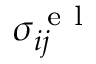
\sigma _ { i j } ^ { \mathrm { ~ e ~ l ~ } }